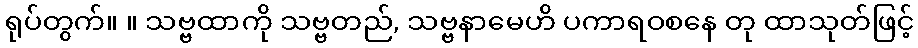
ရုပ်တွက်။ ။ သဗ္ဗထာကို သဗ္ဗတည်, သဗ္ဗနာမေဟိ ပကာရဝစနေ တု ထာသုတ်ဖြင့်